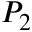
P _ { 2 }